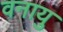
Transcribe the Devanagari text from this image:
वनायु